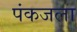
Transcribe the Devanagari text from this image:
पंकजला